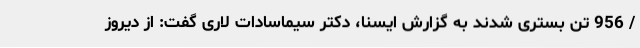
/ 956 تن بستری شدند به گزارش ایسنا، دکتر سیماسادات لاری گفت: از دیروز